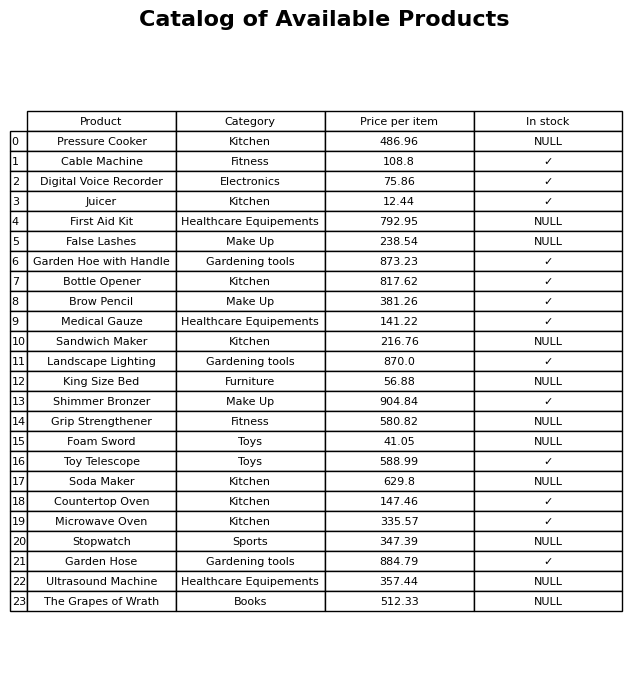
question: What is the price of the Landscape Lighting?
answer: The price of Landscape Lighting is 870.0.